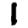
Digit: 1